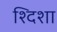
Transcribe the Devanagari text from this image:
श्दिशा